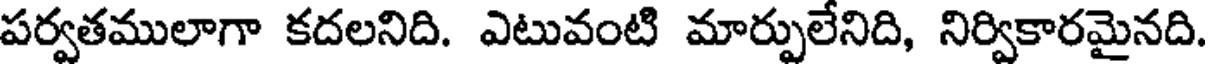
పర్వతములాగా కదలనిది. ఎటువంటి మార్పులేనిది, నిర్వికారమైనది.